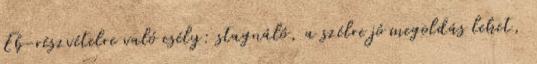
Eb-részvételre való esély: stagnáló, a szélre jó megoldás lehet,